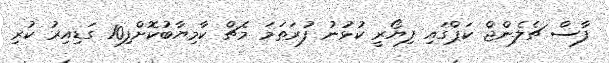
ފާސް ޗެލެންޖް ކަޕްގައި ފިޔޯރީ ކުޅުނު ފުރަތަމަ މެޗް ކާމިޔާބުކޮށްފި10 ގަޑިއިރު ކުރި